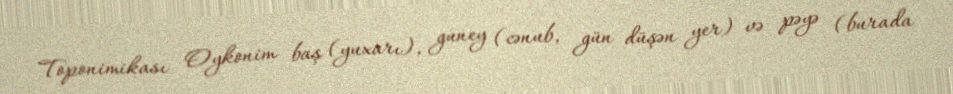
Toponimikası Oykonim baş (yuxarı), guney (cənub, gün düşən yer) və pəyə (burada